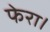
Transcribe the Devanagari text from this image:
फेरा।